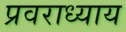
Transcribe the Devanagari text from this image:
प्रवराध्याय